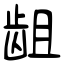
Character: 龃